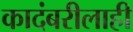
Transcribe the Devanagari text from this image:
कादंबरीलाही